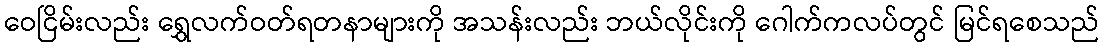
ဝေငြိမ်းလည်း ရွှေလက်ဝတ်ရတနာများကို အသန်းလည်း ဘယ်လိုင်းကို ဂေါက်ကလပ်တွင် မြင်ရစေသည်